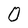
Character: O